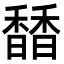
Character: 𩡐